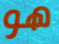
هو